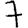
Digit: 7